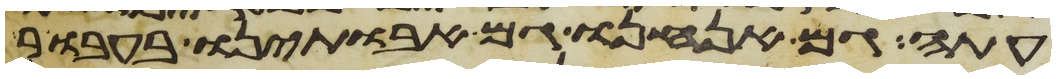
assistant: עתה גם אנחנו גם אבתינו בעבור